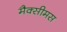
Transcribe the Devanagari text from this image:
मैक्सीमस